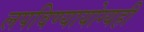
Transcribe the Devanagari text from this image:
लपविण्यायोग्यही